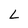
Character: L